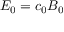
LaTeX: E _ { 0 } = c _ { 0 } B _ { 0 }